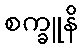
စက္ခူနိ